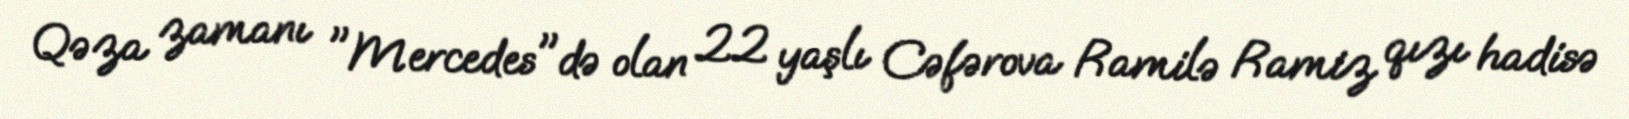
Qəza zamanı "Mercedes"də olan 22 yaşlı Cəfərova Ramilə Ramiz qızı hadisə